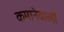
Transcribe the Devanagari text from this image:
कमानेवालों